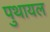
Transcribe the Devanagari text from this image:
पुथायल